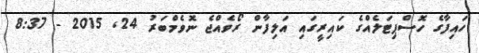
ހައިފާގެ ހޮސްޕިޓަލެއްގެ ކައިރީގައި އަލިފާން ރޯވެއްޖެ ނޮވެމްބަރު 24